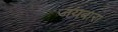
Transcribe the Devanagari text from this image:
जयबारा